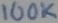
Text: 100K